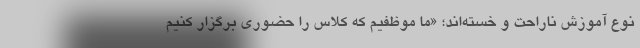
نوع آموزش ناراحت و خسته‌اند؛ «ما موظفیم که کلاس را حضوری برگزار کنیم